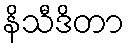
နိသီဒိတာ